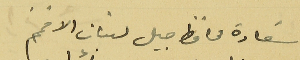
سَعادة محافظ جبل لبنان الافخم